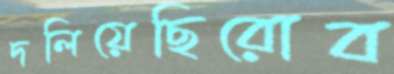
দলিয়েছিরোব